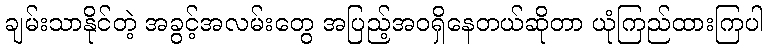
ချမ်းသာနိုင်တဲ့ အခွင့်အလမ်းတွေ အပြည့်အဝရှိနေတယ်ဆိုတာ ယုံကြည်ထားကြပါ